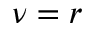
\nu = r